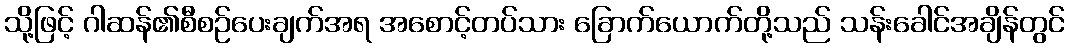
သို့ဖြင့် ဂါဆန်၏စီစဉ်ပေးချက်အရ အစောင့်တပ်သား ခြောက်ယောက်တို့သည် သန်းခေါင်အချိန်တွင်